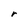
Character: r